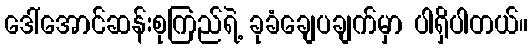
ဒေါ်အောင်ဆန်းစုကြည်ရဲ့ ခုခံချေပချက်မှာ ပါရှိပါတယ်။